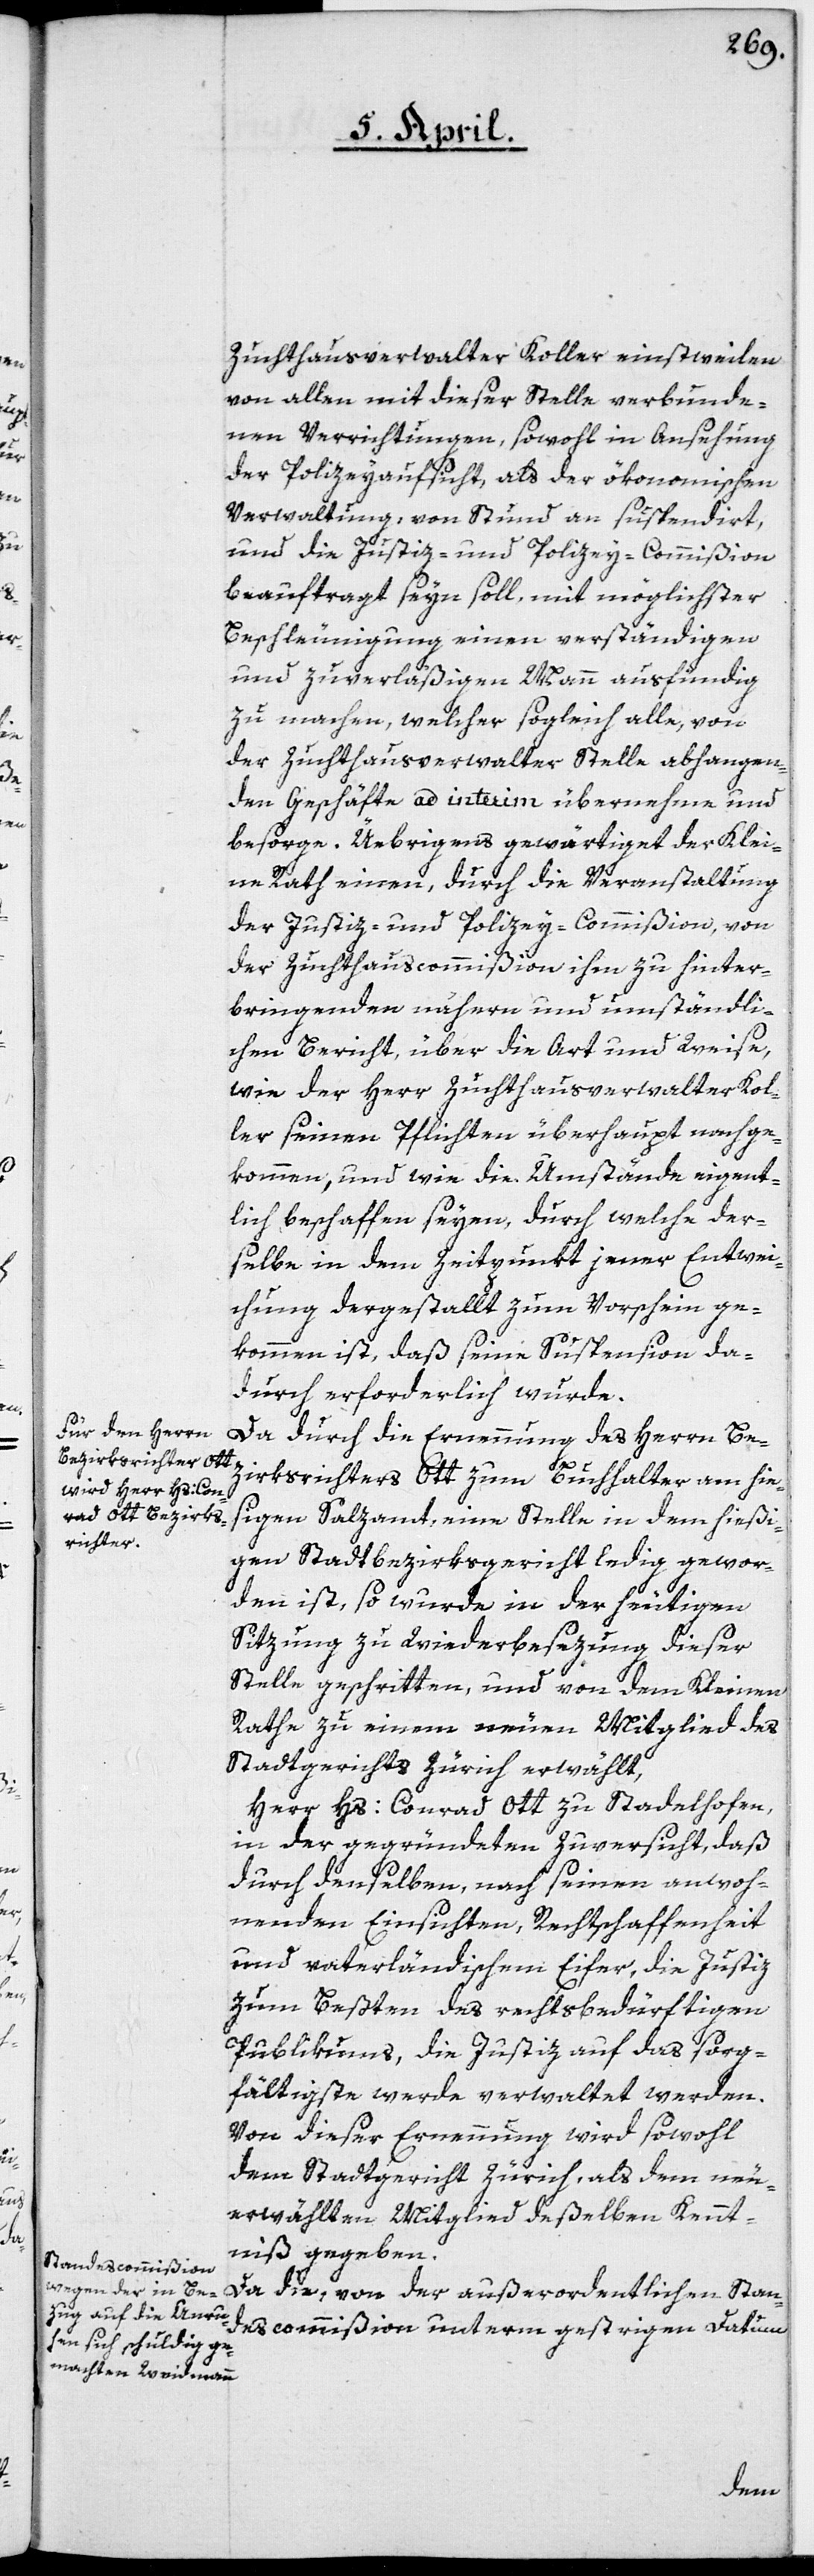
Zuchthausverwalter Koller einstweilen
von allen mit dieser Stelle verbunde¬
nen Verrichtungen, sowohl in Ansehung
der Polizeyaufsicht, als der ökonomischen
Verwaltung, von Stund an suspendirt,
und die Justiz- und Polizey-Commißion
beauftragt seyn soll, mit möglichster
Beschleunigung einen verständigen
und zuverläßigen Mann ausfündig
zu machen, welcher sogleich alle, von
der Zuchthausverwalter Stelle abhangen¬
den Geschäfte ad interim übernehme und
besorge. Üebrigens gewärtiget der Klei¬
ne Rath einen, durch die Veranstaltung
der Justiz- und Polizey-Commißion, von
der Zuchthauscommißion ihm zu hinter¬
bringenden nähern und umständli¬
chen Bericht, über die Art und Weise,
wie der Herr Zuchthausverwalter Kol¬
ler seinen Pflichten überhaupt nachge¬
kommen, und wie die Umstände eigent¬
lich beschaffen seyen, durch welche der¬
selbe in dem Zeitpunkt jener Entwei¬
chung dergestalt zum Vorschein ge¬
kommen ist, daß seine Suspension da¬
durch erforderlich wurde.
Da durch die Ernennung des Herrn Be¬
z¬
irksrichters Ott zum Buchhalter am hieß¬
igen Salzamt, eine Stelle in dem hießi¬
gen Stadtbezirksgericht ledig gewor¬
den ist, so wurde in der heutigen
Sitzung zu Wiederbesezung dieser
Stelle geschritten, und von dem Kleinen
Rathe zu einem neuen Mitglied des
Stadtgerichts Zürich erwählt,
Herr Hs: Conrad Ott zu Stadelhofen,
in der gegründeten Zuversicht, daß
durch denselben, nach seinen anwoh¬
nenden Einsichten, Rechtschaffenheit
und vaterländischem Eifer, die Justiz
zum Beßten des rechtsbedürftigen
Publikums, die Justiz auf das sorg¬
fältigste werde verwaltet werden.
Von dieser Ernennung wird sowohl
dem Stadtgericht Zürich, als dem neu¬
erwählten Mitglied deßelben Kennt¬
niß gegeben.
Da die, von der außerordentlichen Stan¬
descommißion unterm gestrigen Datum